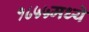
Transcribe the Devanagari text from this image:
१८५५मध्ये